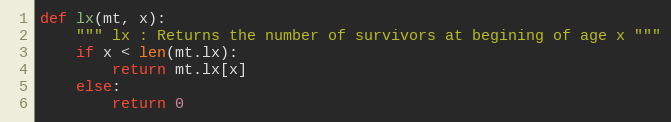
Language: Python
def lx(mt, x):
    """ lx : Returns the number of survivors at begining of age x """
    if x < len(mt.lx):
        return mt.lx[x]
    else:
        return 0